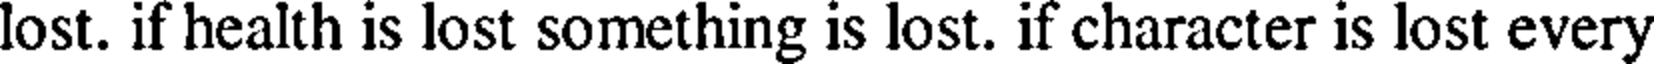
lost. if health is lost something is lost. if character is lost every